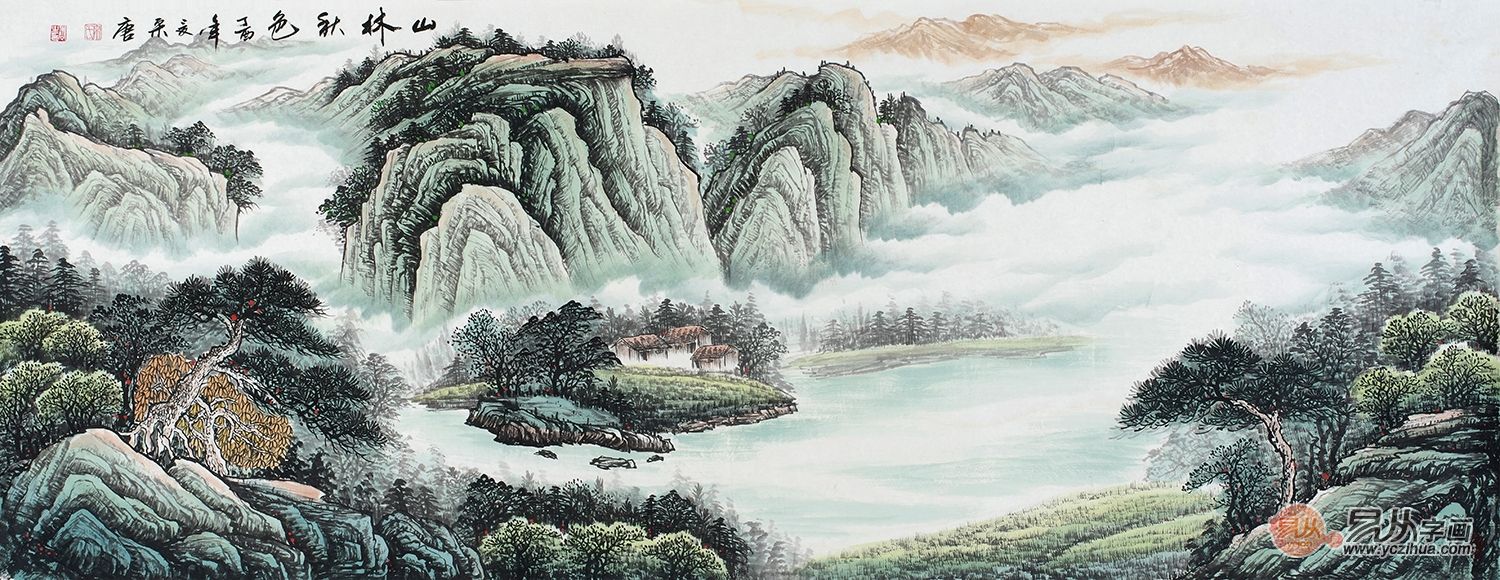
昔岁逢太平，山林二十年。